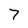
Character: 7